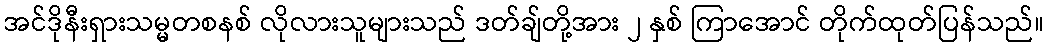
အင်ဒိုနီးရှားသမ္မတစနစ် လိုလားသူများသည် ဒတ်ချ်တို့အား ၂ နှစ် ကြာအောင် တိုက်ထုတ်ပြန်သည်။